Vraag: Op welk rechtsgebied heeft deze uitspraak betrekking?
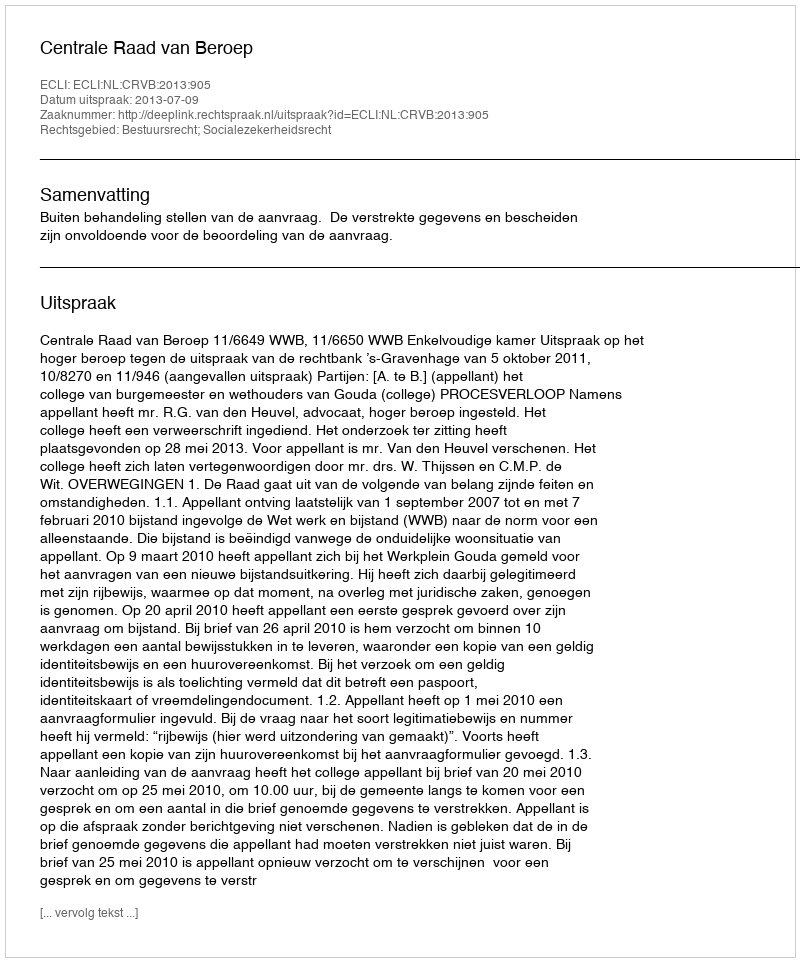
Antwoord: Bestuursrecht; Socialezekerheidsrecht